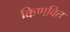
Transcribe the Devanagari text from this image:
किणवित